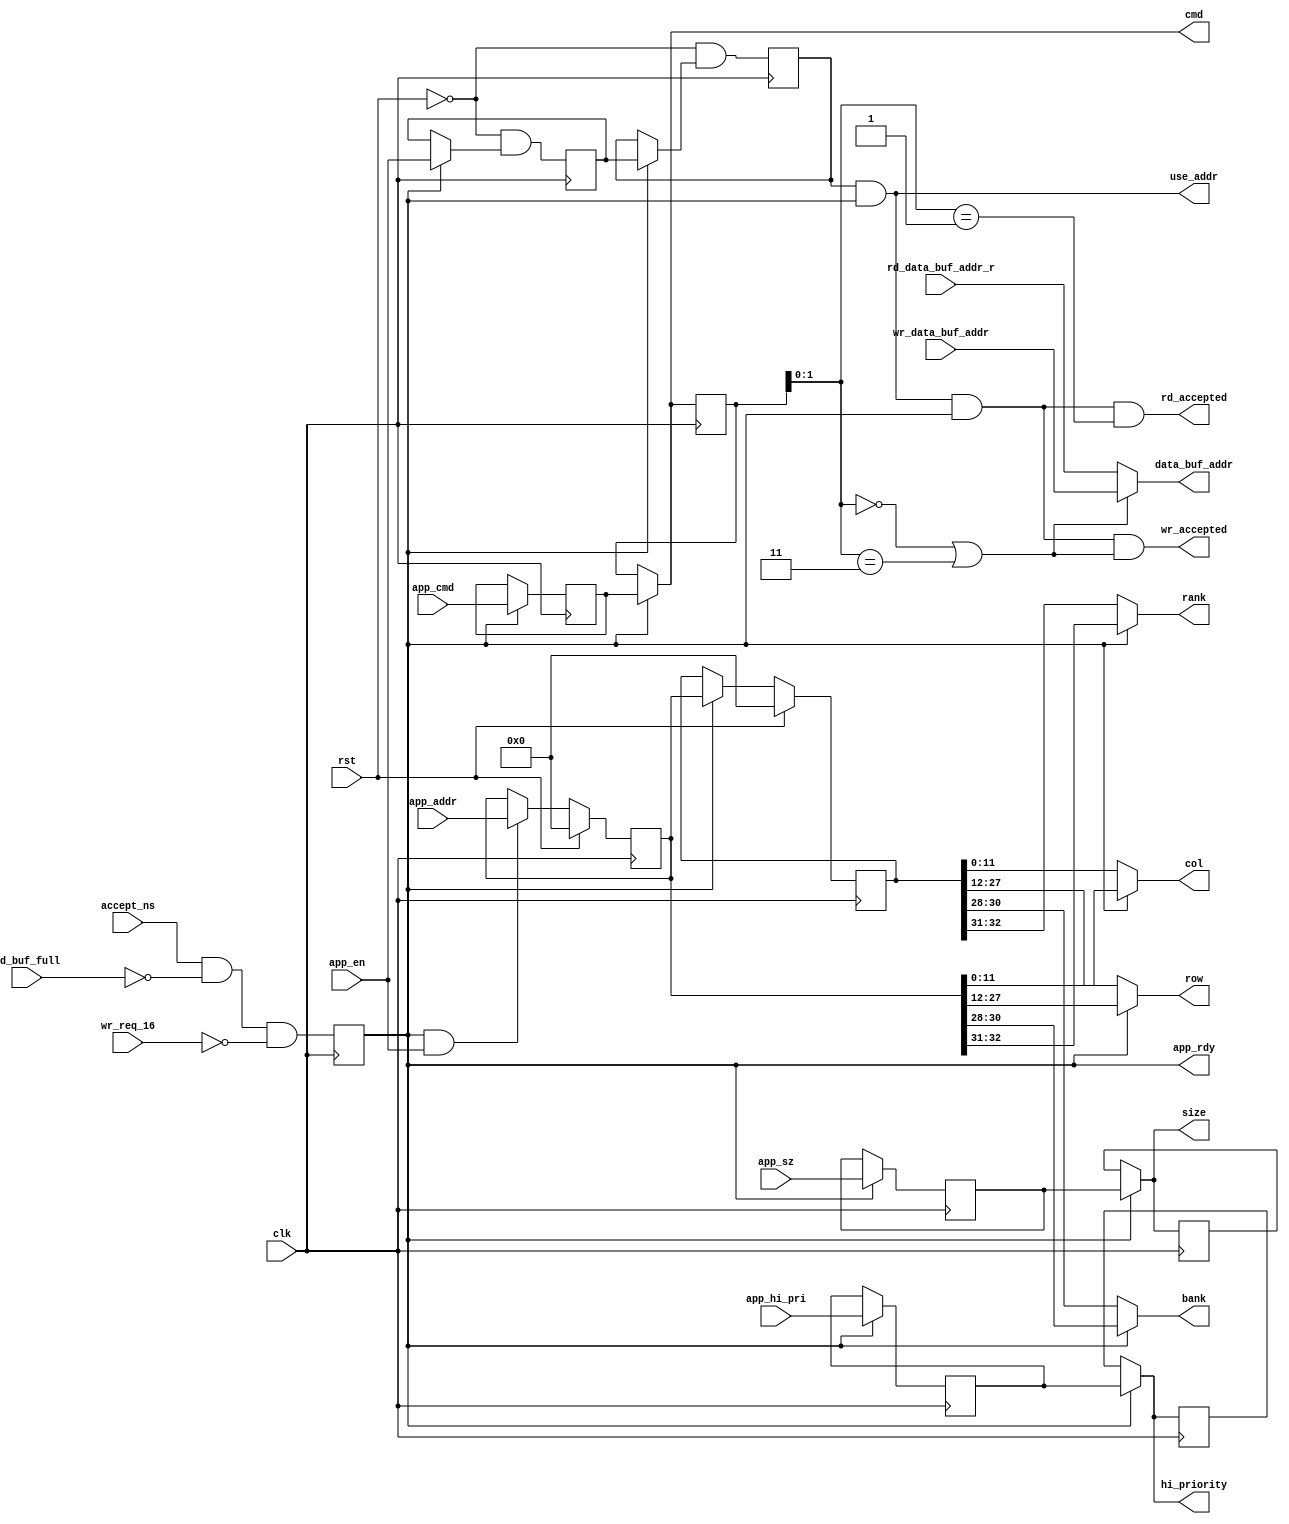
module mig_7series_v4_2_ui_cmd #
  (
   parameter TCQ = 100,
   parameter ADDR_WIDTH           = 33,
   parameter BANK_WIDTH           = 3,
   parameter COL_WIDTH            = 12,
   parameter DATA_BUF_ADDR_WIDTH  = 5,
   parameter RANK_WIDTH           = 2,
   parameter ROW_WIDTH            = 16,
   parameter RANKS                = 4,
   parameter MEM_ADDR_ORDER       = "BANK_ROW_COLUMN"
  )
  (/*AUTOARG*/
  // Outputs
  app_rdy, use_addr, rank, bank, row, col, size, cmd, hi_priority,
  rd_accepted, wr_accepted, data_buf_addr,
  // Inputs
  rst, clk, accept_ns, rd_buf_full, wr_req_16, app_addr, app_cmd,
  app_sz, app_hi_pri, app_en, wr_data_buf_addr, rd_data_buf_addr_r
  );

  input rst;
  input clk;

  input accept_ns;
  input rd_buf_full;
  input wr_req_16;
  wire app_rdy_ns = accept_ns && ~rd_buf_full && ~wr_req_16;
  reg app_rdy_r = 1'b0 /* synthesis syn_maxfan = 10 */;
  always @(posedge clk) app_rdy_r <= #TCQ app_rdy_ns;
  output wire app_rdy;
  assign app_rdy = app_rdy_r;

  input [ADDR_WIDTH-1:0] app_addr;
  input [2:0] app_cmd;
  input app_sz;
  input app_hi_pri;
  input app_en;

  reg [ADDR_WIDTH-1:0] app_addr_r1 = {ADDR_WIDTH{1'b0}};
  reg [ADDR_WIDTH-1:0] app_addr_r2 = {ADDR_WIDTH{1'b0}};
  reg [2:0] app_cmd_r1;
  reg [2:0] app_cmd_r2;
  reg app_sz_r1;
  reg app_sz_r2;
  reg app_hi_pri_r1;
  reg app_hi_pri_r2;
  reg app_en_r1;
  reg app_en_r2;

  wire [ADDR_WIDTH-1:0] app_addr_ns1 = app_rdy_r && app_en ? app_addr : app_addr_r1;
  wire [ADDR_WIDTH-1:0] app_addr_ns2 = app_rdy_r ? app_addr_r1 : app_addr_r2;
  wire [2:0] app_cmd_ns1 = app_rdy_r ? app_cmd : app_cmd_r1;
  wire [2:0] app_cmd_ns2 = app_rdy_r ? app_cmd_r1 : app_cmd_r2;
  wire app_sz_ns1 = app_rdy_r ? app_sz : app_sz_r1;
  wire app_sz_ns2 = app_rdy_r ? app_sz_r1 : app_sz_r2;
  wire app_hi_pri_ns1 = app_rdy_r ? app_hi_pri : app_hi_pri_r1;
  wire app_hi_pri_ns2 = app_rdy_r ? app_hi_pri_r1 : app_hi_pri_r2;
  wire app_en_ns1 = ~rst && (app_rdy_r ? app_en : app_en_r1);
  wire app_en_ns2 = ~rst && (app_rdy_r ? app_en_r1 : app_en_r2);

  always @(posedge clk) begin
    if (rst) begin
      app_addr_r1 <= #TCQ {ADDR_WIDTH{1'b0}};
      app_addr_r2 <= #TCQ {ADDR_WIDTH{1'b0}};
    end else begin
      app_addr_r1 <= #TCQ app_addr_ns1;
      app_addr_r2 <= #TCQ app_addr_ns2;
    end 
    app_cmd_r1 <= #TCQ app_cmd_ns1;
    app_cmd_r2 <= #TCQ app_cmd_ns2;
    app_sz_r1 <= #TCQ app_sz_ns1;
    app_sz_r2 <= #TCQ app_sz_ns2;
    app_hi_pri_r1 <= #TCQ app_hi_pri_ns1;
    app_hi_pri_r2 <= #TCQ app_hi_pri_ns2;
    app_en_r1 <= #TCQ app_en_ns1;
    app_en_r2 <= #TCQ app_en_ns2;
  end // always @ (posedge clk)

  wire use_addr_lcl = app_en_r2 && app_rdy_r;
  output wire use_addr;
  assign use_addr = use_addr_lcl;

  output wire [RANK_WIDTH-1:0] rank;
  output wire [BANK_WIDTH-1:0] bank;
  output wire [ROW_WIDTH-1:0] row;
  output wire [COL_WIDTH-1:0] col;
  output wire size;
  output wire [2:0] cmd;
  output wire hi_priority;

/*  assign col = app_rdy_r
                 ? app_addr_r1[0+:COL_WIDTH]
                 : app_addr_r2[0+:COL_WIDTH];*/
  generate
    begin
      if (MEM_ADDR_ORDER == "TG_TEST")
      begin
        assign col[4:0] = app_rdy_r
                      ? app_addr_r1[0+:5]
                      : app_addr_r2[0+:5];

        if (RANKS==1)
        begin
          assign col[COL_WIDTH-1:COL_WIDTH-2] = app_rdy_r
                        ? app_addr_r1[5+3+BANK_WIDTH+:2]
                        : app_addr_r2[5+3+BANK_WIDTH+:2];
          assign col[COL_WIDTH-3:5] = app_rdy_r
                        ? app_addr_r1[5+3+BANK_WIDTH+2+2+:COL_WIDTH-7]
                        : app_addr_r2[5+3+BANK_WIDTH+2+2+:COL_WIDTH-7];
        end
        else
        begin
          assign col[COL_WIDTH-1:COL_WIDTH-2] = app_rdy_r
                        ? app_addr_r1[5+3+BANK_WIDTH+RANK_WIDTH+:2]
                        : app_addr_r2[5+3+BANK_WIDTH+RANK_WIDTH+:2];
          assign col[COL_WIDTH-3:5] = app_rdy_r
                        ? app_addr_r1[5+3+BANK_WIDTH+RANK_WIDTH+2+2+:COL_WIDTH-7]
                        : app_addr_r2[5+3+BANK_WIDTH+RANK_WIDTH+2+2+:COL_WIDTH-7];
        end
        assign row[2:0] = app_rdy_r
                       ? app_addr_r1[5+:3]
                       : app_addr_r2[5+:3];
        if (RANKS==1)  
        begin
          assign row[ROW_WIDTH-1:ROW_WIDTH-2] = app_rdy_r
                        ? app_addr_r1[5+3+BANK_WIDTH+2+:2]
                         : app_addr_r2[5+3+BANK_WIDTH+2+:2];
          assign row[ROW_WIDTH-3:3] = app_rdy_r
                         ? app_addr_r1[5+3+BANK_WIDTH+2+2+COL_WIDTH-7+:ROW_WIDTH-5]
                         : app_addr_r2[5+3+BANK_WIDTH+2+2+COL_WIDTH-7+:ROW_WIDTH-5];
        end
        else
        begin
          assign row[ROW_WIDTH-1:ROW_WIDTH-2] = app_rdy_r
                        ? app_addr_r1[5+3+BANK_WIDTH+RANK_WIDTH+2+:2]
                         : app_addr_r2[5+3+BANK_WIDTH+RANK_WIDTH+2+:2];
          assign row[ROW_WIDTH-3:3] = app_rdy_r
                         ? app_addr_r1[5+3+BANK_WIDTH+RANK_WIDTH+2+2+COL_WIDTH-7+:ROW_WIDTH-5]
                         : app_addr_r2[5+3+BANK_WIDTH+RANK_WIDTH+2+2+COL_WIDTH-7+:ROW_WIDTH-5];
        end
        assign bank = app_rdy_r
                       ? app_addr_r1[5+3+:BANK_WIDTH]
                       : app_addr_r2[5+3+:BANK_WIDTH];
        assign rank = (RANKS == 1)
                        ? 1'b0
                        : app_rdy_r
                          ? app_addr_r1[5+3+BANK_WIDTH+:RANK_WIDTH]
                          : app_addr_r2[5+3+BANK_WIDTH+:RANK_WIDTH];
      end
      else if (MEM_ADDR_ORDER == "ROW_BANK_COLUMN")
      begin
        assign col = app_rdy_r
                      ? app_addr_r1[0+:COL_WIDTH]
                      : app_addr_r2[0+:COL_WIDTH];
        assign row = app_rdy_r
                       ? app_addr_r1[COL_WIDTH+BANK_WIDTH+:ROW_WIDTH]
                       : app_addr_r2[COL_WIDTH+BANK_WIDTH+:ROW_WIDTH];
        assign bank = app_rdy_r
                        ? app_addr_r1[COL_WIDTH+:BANK_WIDTH]
                        : app_addr_r2[COL_WIDTH+:BANK_WIDTH];
        assign rank = (RANKS == 1)
                        ? 1'b0
                        : app_rdy_r
                          ? app_addr_r1[COL_WIDTH+ROW_WIDTH+BANK_WIDTH+:RANK_WIDTH]
                          : app_addr_r2[COL_WIDTH+ROW_WIDTH+BANK_WIDTH+:RANK_WIDTH];
      end
      else
      begin
        assign col = app_rdy_r
                      ? app_addr_r1[0+:COL_WIDTH]
                      : app_addr_r2[0+:COL_WIDTH];
        assign row = app_rdy_r
                       ? app_addr_r1[COL_WIDTH+:ROW_WIDTH]
                       : app_addr_r2[COL_WIDTH+:ROW_WIDTH];
        assign bank = app_rdy_r
                        ? app_addr_r1[COL_WIDTH+ROW_WIDTH+:BANK_WIDTH]
                        : app_addr_r2[COL_WIDTH+ROW_WIDTH+:BANK_WIDTH];
        assign rank = (RANKS == 1)
                        ? 1'b0
                        : app_rdy_r
                          ? app_addr_r1[COL_WIDTH+ROW_WIDTH+BANK_WIDTH+:RANK_WIDTH]
                          : app_addr_r2[COL_WIDTH+ROW_WIDTH+BANK_WIDTH+:RANK_WIDTH];
      end
     end
  endgenerate

/*  assign rank = (RANKS == 1)
                  ? 1'b0
                  : app_rdy_r
                    ? app_addr_r1[COL_WIDTH+ROW_WIDTH+BANK_WIDTH+:RANK_WIDTH]
                    : app_addr_r2[COL_WIDTH+ROW_WIDTH+BANK_WIDTH+:RANK_WIDTH];*/
  assign size = app_rdy_r
                  ? app_sz_r1
                  : app_sz_r2;
  assign cmd = app_rdy_r
                 ? app_cmd_r1
                 : app_cmd_r2;
  assign hi_priority = app_rdy_r
                         ? app_hi_pri_r1
                         : app_hi_pri_r2;

  wire request_accepted = use_addr_lcl && app_rdy_r;
  wire rd = app_cmd_r2[1:0] == 2'b01;
  wire wr = app_cmd_r2[1:0] == 2'b00;
  wire wr_bytes = app_cmd_r2[1:0] == 2'b11;
  wire write = wr || wr_bytes;
  output wire rd_accepted;
  assign rd_accepted = request_accepted && rd;
  output wire wr_accepted;
  assign wr_accepted = request_accepted && write;

  input [DATA_BUF_ADDR_WIDTH-1:0] wr_data_buf_addr;
  input [DATA_BUF_ADDR_WIDTH-1:0] rd_data_buf_addr_r;
  output wire [DATA_BUF_ADDR_WIDTH-1:0] data_buf_addr;

  assign data_buf_addr = ~write ? rd_data_buf_addr_r : wr_data_buf_addr;

endmodule